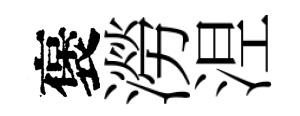
褒澇𣵀